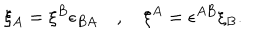
\xi _ { A } = \xi ^ { B } \epsilon _ { B A } \quad , \quad \xi ^ { A } = \epsilon ^ { A B } \xi _ { B } .